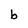
Character: b